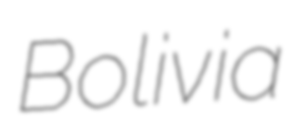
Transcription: Bolivia